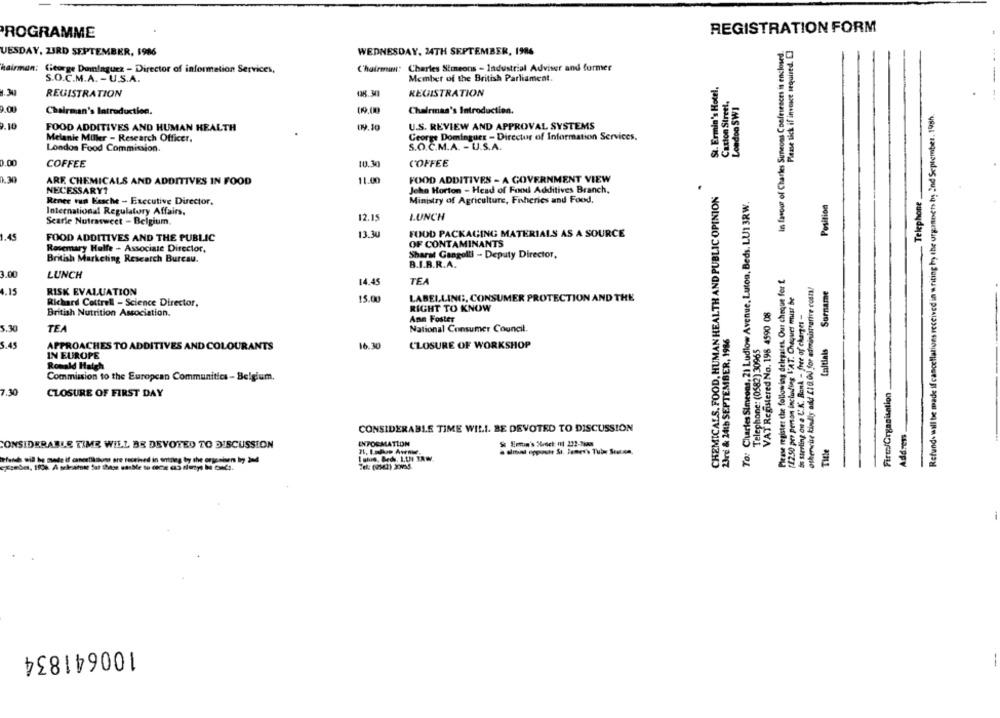
PROGRAMME
REGISTRATION FORM
WEDNESDAY, 24TH SEPTEMBER, 1986
In favour of Charles Sineons Confesraces is enclosed
Please tick if invoice sequired.
UESDAY, ZIRD SEPTEMBER, 1986
hairman:
George Dominguez - Director of information Services,
Chairman: Charles Stmeons - Industrial Adviser and former
S.O.C.M.A. - U.S.A.
Member of the British Parliament.
St. Ermin's Hotel,
--
.30
REGISTRATION
138.30
REGISTRATION
Carton Street,
London SW1
Refund- will be made if cancellations received in writing hy the urgmoets by Ind September. 198h.
Chairman's Introduction.
09.00
Chairman's Introduction.
9.10
FOOD ADDITIVES AND HUMAN HEALTH
19.10
U.S. REVIEW AND APPROVAL SYSTEMS
George Dominguez - Director of Information Services.
Melanie Miller - Research Officer,
London Food Commission.
S.O.C.M.A. - U.S.A.
0.00
COFFEE
10.30
COFFEE
11.00
FOOD ADDITIVES - A GOVERNMENT VIEW
ARE. CHEMICALS AND ADDITIVES IN FOOD
NECESSARY1
Jeho Horton - Head of Food Additives Branch,
CHEMICALS, FOOD, HUMAN HEALTH AND PUBLIC OPINION
Telephone
Renee run Fesche - Executive Director,
Ministry of Agriculture, Fisheries and Food.
To: Charles Simeons, 21 Ludlow Avenue, Luton, Beds. LU1 3RW.
Position
International Regulatory Affairs.
12.15
LUNCH
Searle Nutrasweet - Belgium.
13.30
FOOD PACKAGING MATERIALS AS A SOURCE
FOOD ADDITIVES AND THE PUBLIC
OF CONTAMINANTS
Rosemary Hulfe - Associate Director,
British Marketing Research Bureau.
Sharat Gangolli - Deputy Director,
B.I.B.R.A.
3.00
Please register the following delegatet. Our cheque fer t
LUNCH
TEA
otherwise kindly add 21 0.00 for administrarive cosny
14.45
Surname
4.15
RISK EVALUATION
[1250 per person including L'AT. Cheques must be
15.00
LABELLING, CONSUMER PROTECTION AND THE
Richard Cottrell - Science Director.
RIGHT TO KNOW
VAT Registered No. 198 4590 08
is sterling on a U.K. Bank - free of charges -
British Nutrition Association.
Ann Foster
5.30
TEA
National Consumer Council.
23rd & 24th SEPTEMBER, 1986
3.45
16.30
CLOSURE OF WORKSHOP
Telephone: (0582) 30965
taltials
APPROACHES TO ADDITIVES AND COLOURANTS
IN EUROPE
Ronald Haigh
Commission to the European Communities - Belgium.
Firm/Organisation
7.30
CLOSURE OF FIRST DAY
CONSIDERABLE TIME WILL BE DEVOTED TO DISCUSSION
Address
CONSIDERABLE TIME WILL BE DEVOTED TO DISCUSSION
INFORMATION
$ Emtuin's 5%oct nl 222-3am
Title
funds will hy vede if cancellations ore received in arizing by the organisen Ing 304
100641834